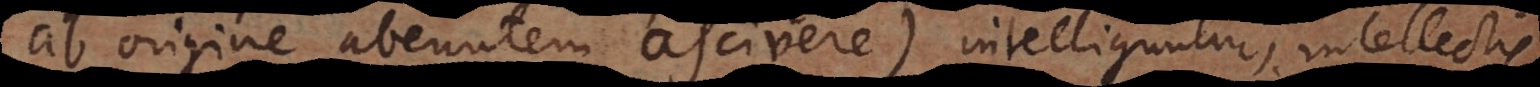
ab origine abeuntem ascivere) intelliguntur, intellectis